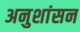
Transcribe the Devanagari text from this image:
अनुशांसन